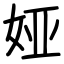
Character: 娅